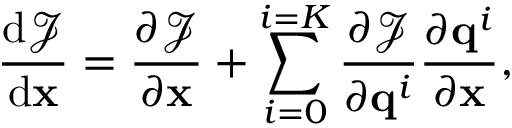
\frac { \mathrm { d } \mathcal { J } } { \mathrm { d } \ensuremath { \mathbf { x } } } = \ensuremath { \frac { \partial \mathcal { J } } { \partial \ensuremath { \mathbf { x } } } } + \sum _ { i = 0 } ^ { i = K } \ensuremath { \frac { \partial \mathcal { J } } { \partial \mathbf { q } ^ { i } } } \ensuremath { \frac { \partial \mathbf { q } ^ { i } } { \partial \ensuremath { \mathbf { x } } } } ,